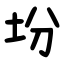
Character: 坋